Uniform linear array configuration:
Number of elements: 16
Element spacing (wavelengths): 1
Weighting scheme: exponential
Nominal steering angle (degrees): -15
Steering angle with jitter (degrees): -16.443
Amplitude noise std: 0.05
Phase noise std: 0.05

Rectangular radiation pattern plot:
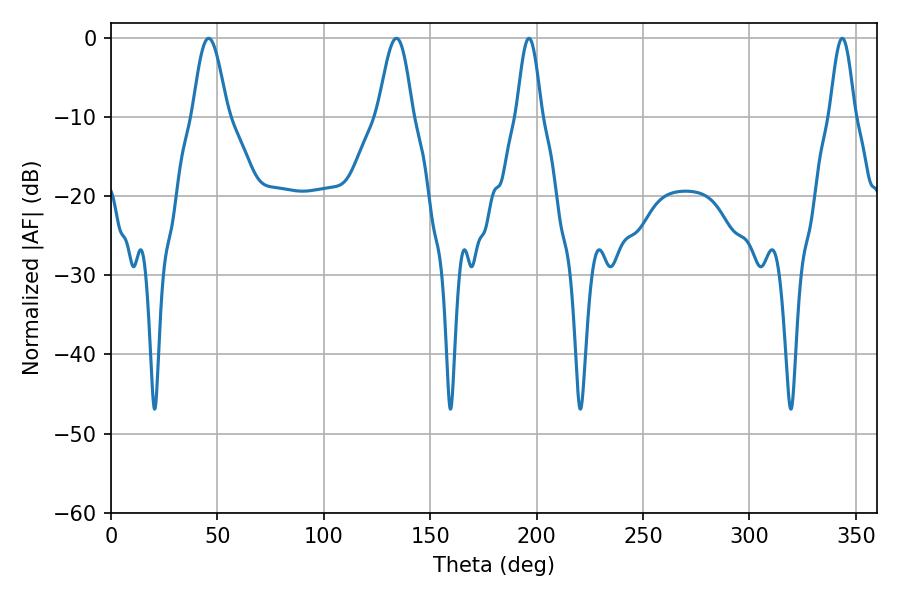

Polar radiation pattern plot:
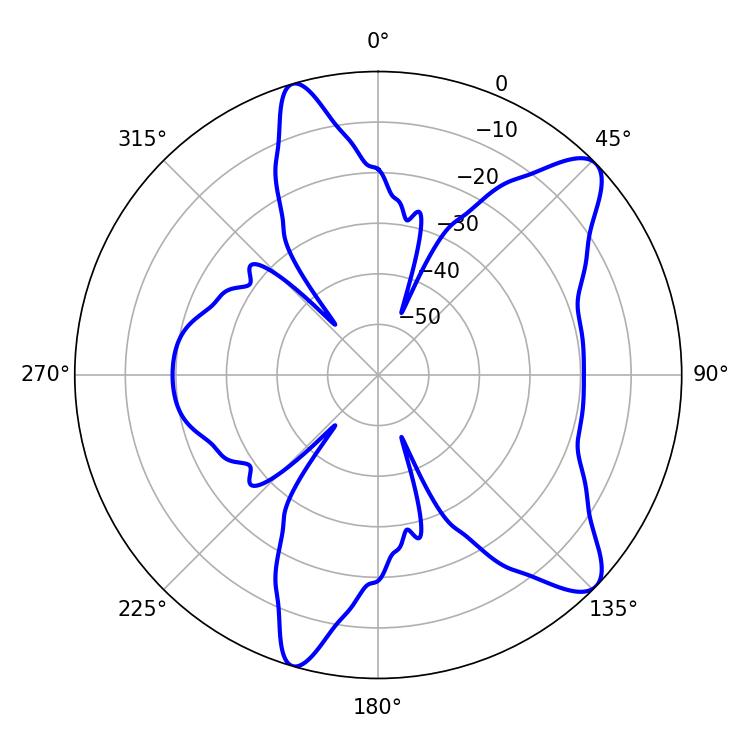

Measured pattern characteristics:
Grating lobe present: TRUE
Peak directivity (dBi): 10.12
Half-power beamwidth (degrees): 6.12
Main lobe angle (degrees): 196.38